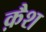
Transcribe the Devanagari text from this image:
क़ैश